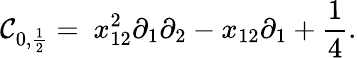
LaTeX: \mathcal{C}_{0,\frac{{1}}{{2}}}=\ x_{12}^{2}\partial_{1}\partial_{2}-x_{12}\partial_{1}+\frac{{1}}{{4}}.